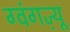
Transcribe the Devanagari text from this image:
ग्वंगज़्यू